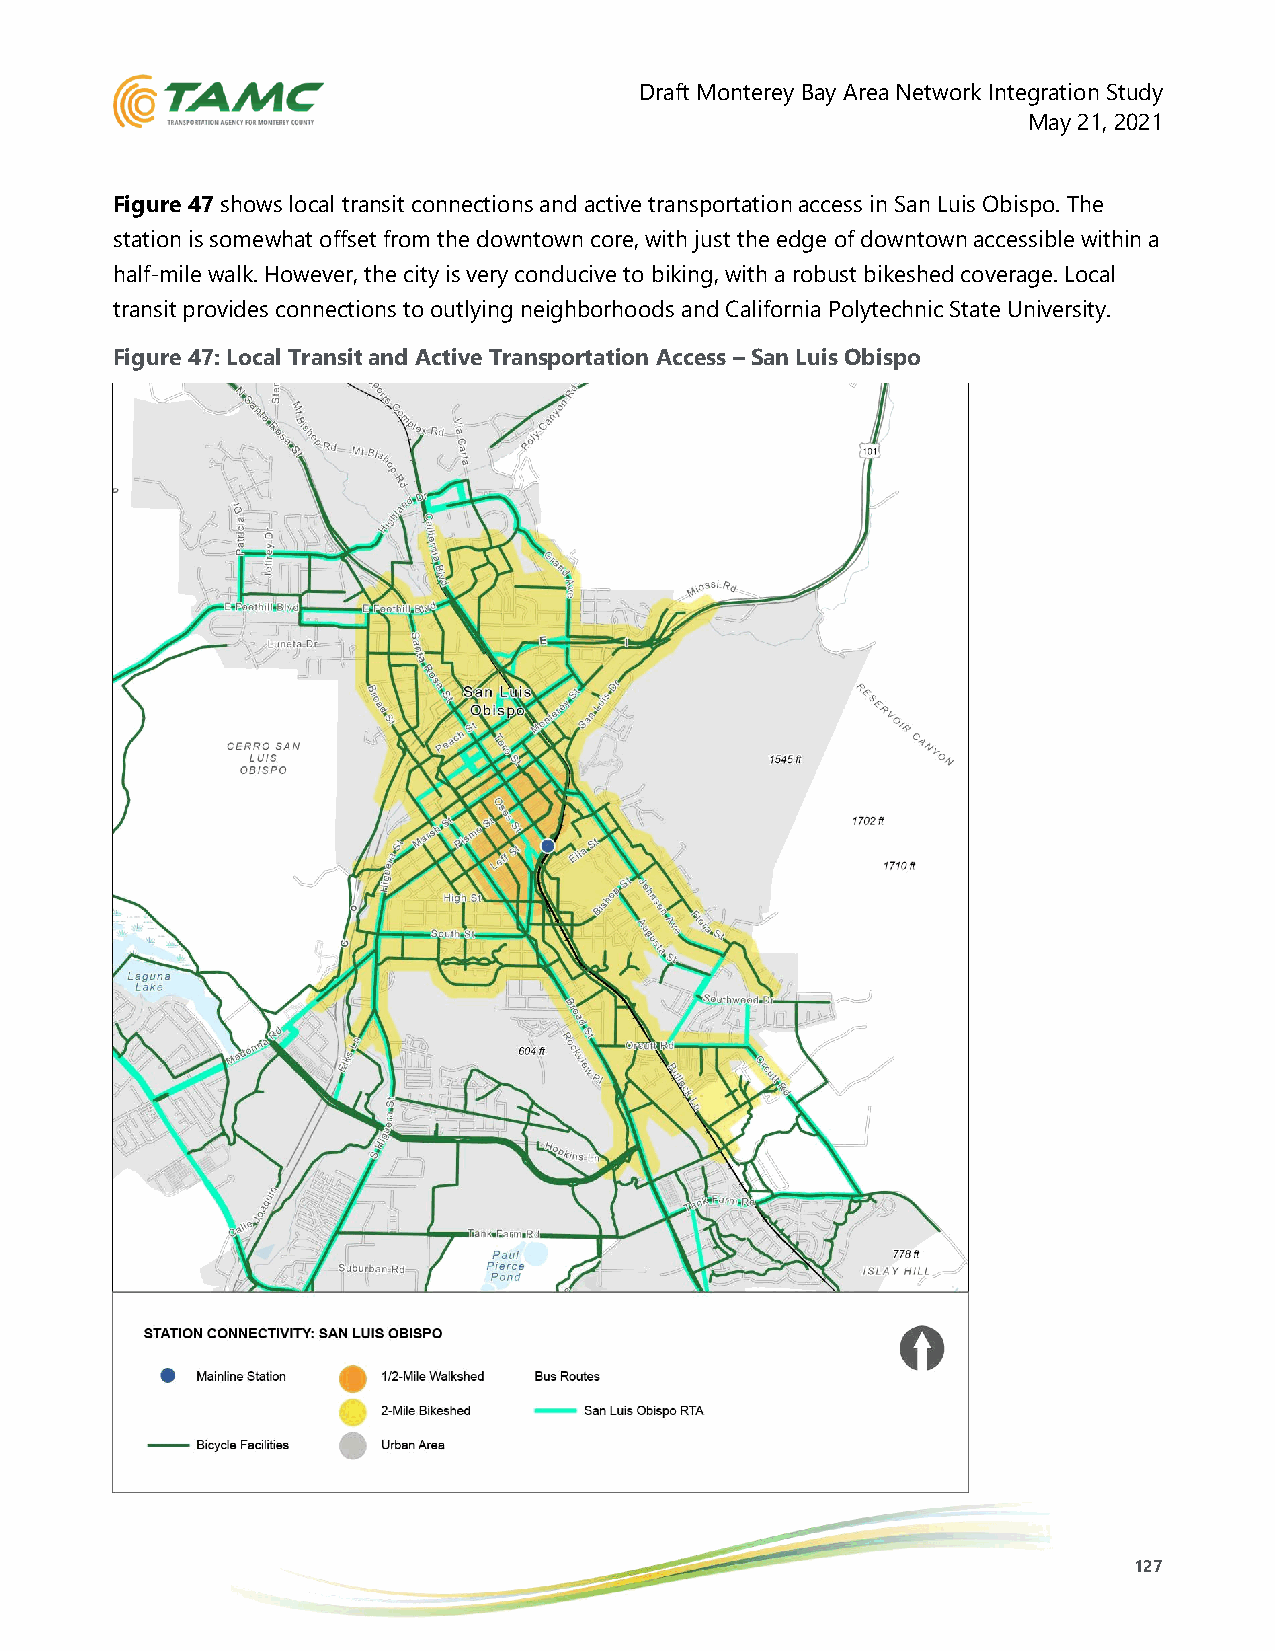
Draft Monterey Bay Area Network Integration Study
 May 21, 2021
 Figure 47 shows local transit connections and active transportation access in San Luis Obispo. The
 station is somewhat offset from the downtown core, with just the edge of downtown accessible within a
 half-mile walk. However, the city is very conducive to biking, with a robust bikeshed coverage. Local
 transit provides connections to outlying neighborhoods and California Polytechnic State University.
 Figure 47: Local Transit and Active Transportation Access – San Luis Obispo
 127